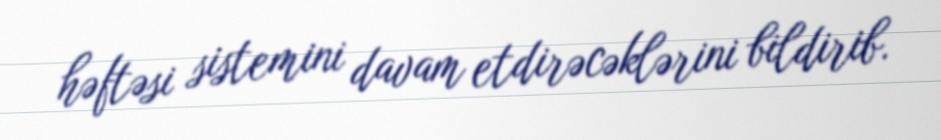
həftəsi sistemini davam etdirəcəklərini bildirib.